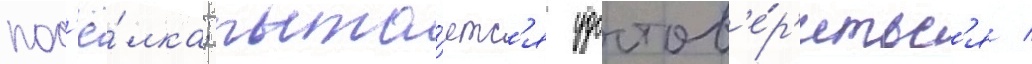
пос'ё́лка; пыта́етс'я удостов'е́р'итьс'я /